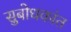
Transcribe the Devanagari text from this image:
सुबोधकांत